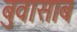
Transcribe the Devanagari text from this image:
बुवासाब